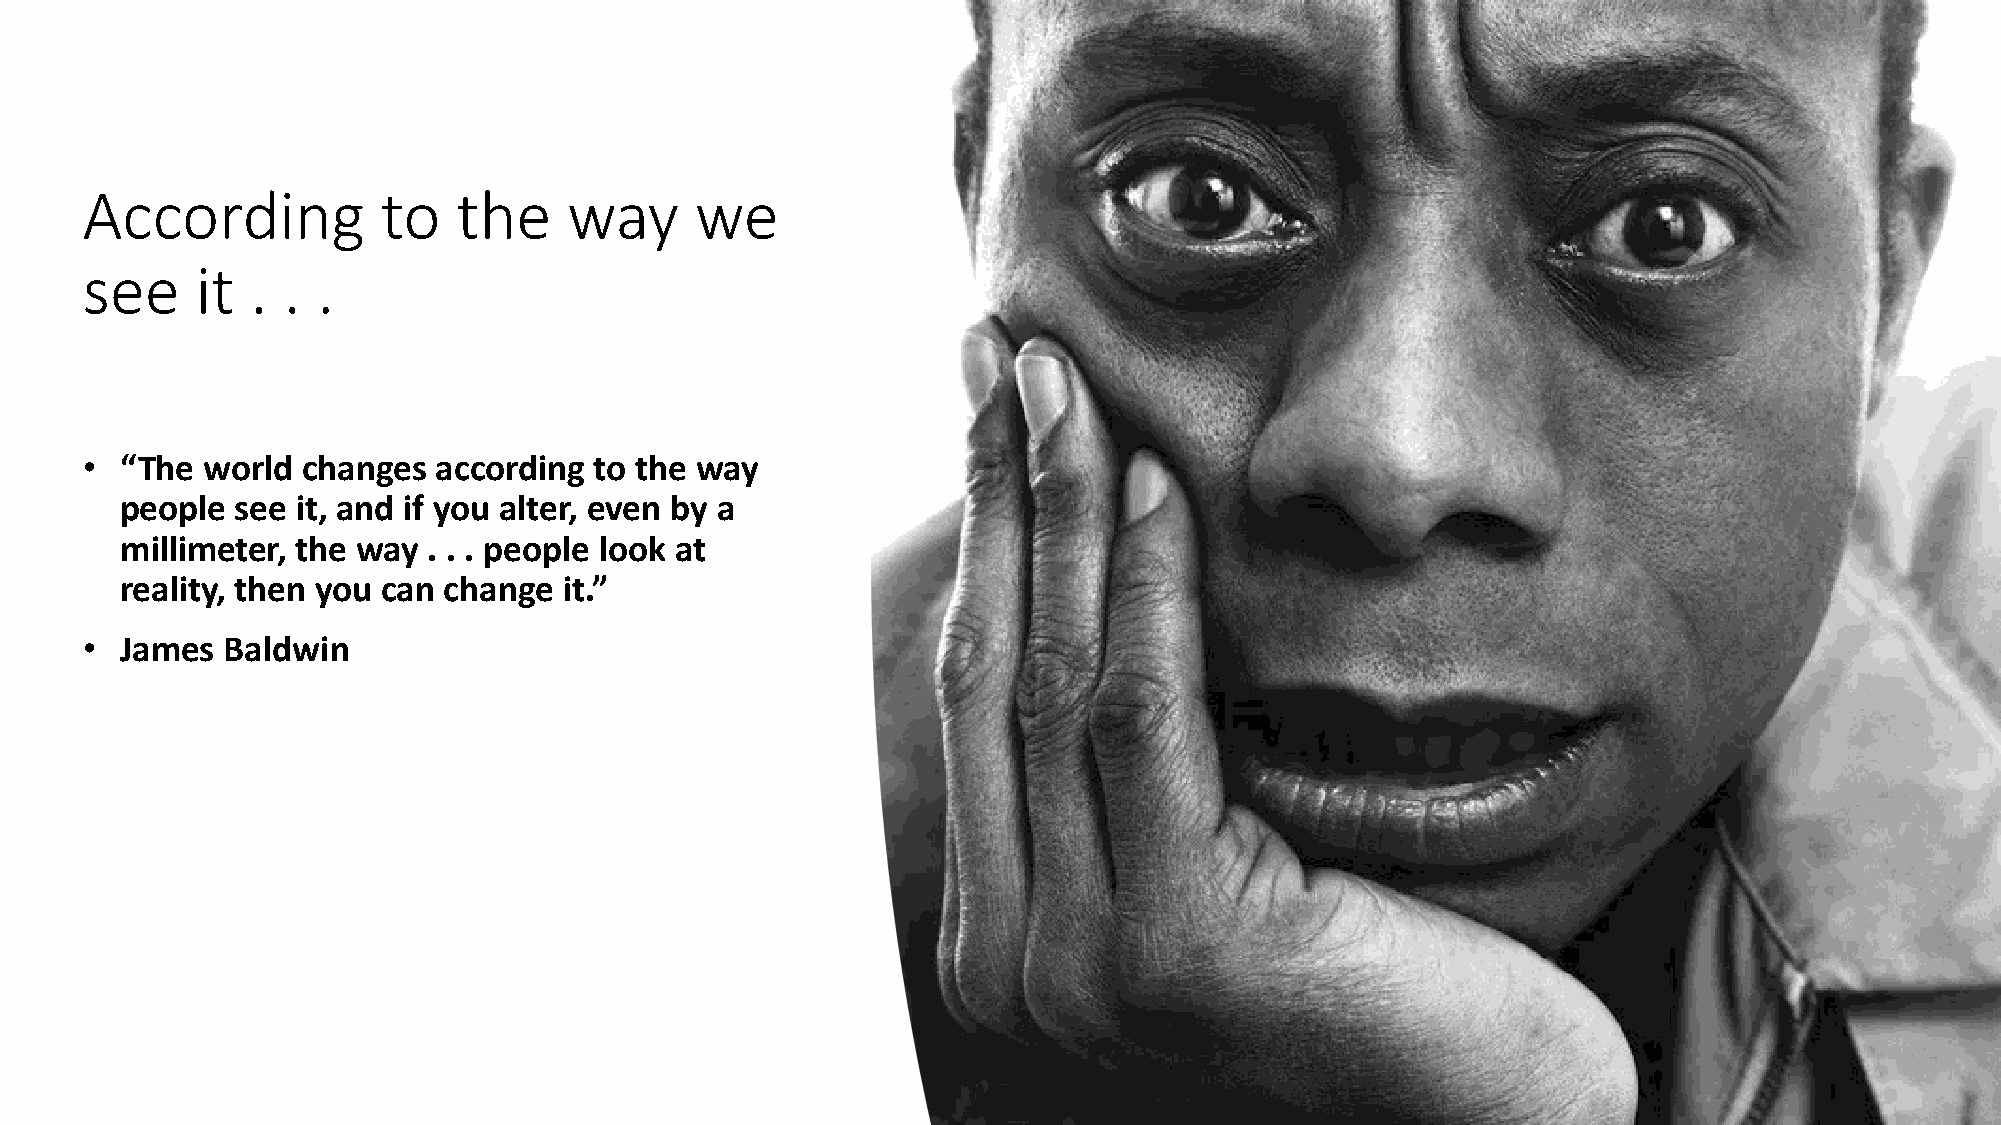
According           to   the     way     we
 see     it  . . .
 •  “The world  changes  according to the way
 people  see it, and if you alter, even by a
 millimeter, the way . . . people look at
 reality, then you can change it.”
 •  James  Baldwin